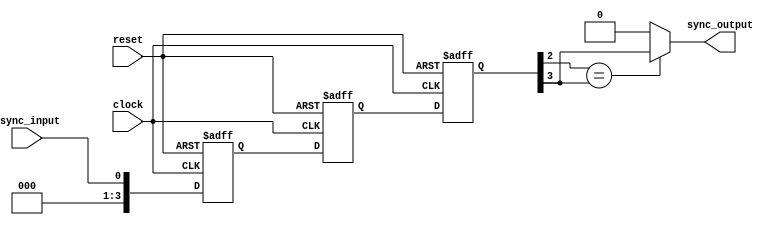
module cascade_synchronizer (
    input wire async_input,
    input wire clock,
    input wire reset,
    output reg sync_output
);

reg [3:0] stage1, stage2, stage3; // three stages of flip-flops

// Timing control block
always @(posedge clock or posedge reset) begin
    if (reset) begin
        stage1 <= 4'b0; // reset all stages
        stage2 <= 4'b0;
        stage3 <= 4'b0;
    end else begin
        stage1 <= async_input; // sample input
        stage2 <= stage1; // synchronize further
        stage3 <= stage2; // further synchronization
    end
end

// Synchronization blocks
always @* begin
    if (stage3[2] == stage3[3]) begin
        sync_output = stage3[3]; // output synchronized signal
    end else begin
        sync_output = 1'b0; // default to low if metastable
    end
end

endmodule